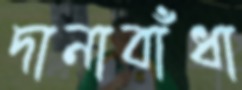
দানাবাঁধা